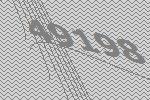
49198